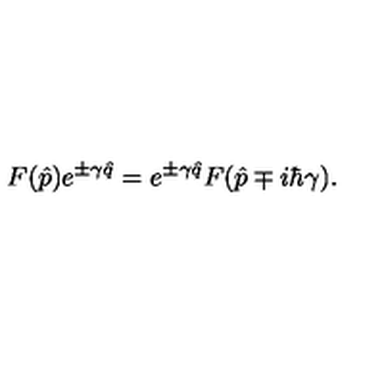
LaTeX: F ( \hat { p } ) e ^ { \pm \gamma \hat { q } } = e ^ { \pm \gamma \hat { q } } F ( \hat { p } \mp i \hbar \gamma ) .